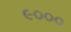
૯૦૦૦